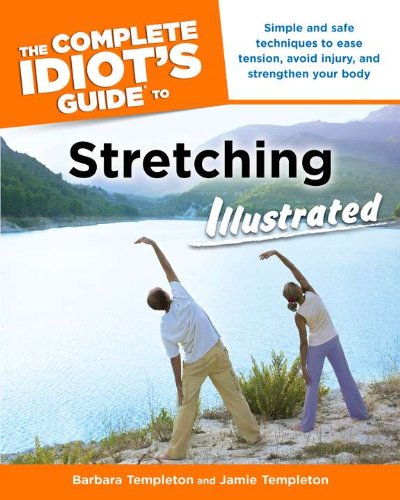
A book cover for The Complete Idiot's Guide to Stretching Illustrated; Barbara Templeton; Health, Fitness & Dieting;